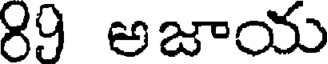
89 అజాయ